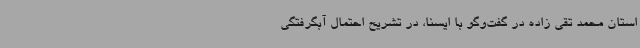
استان محمد تقی زاده در گفت‌وگو با ایسنا، در تشریح احتمال آبگرفتگی